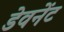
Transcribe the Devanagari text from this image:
डेवनेंट